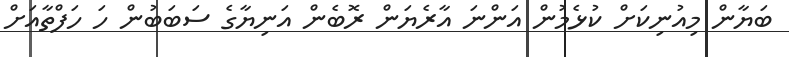
ބަޔާން މިއުނިކަށް ކުޅެމުން އަންނަ އާރެޔަން ރޮބެން އަނިޔާގެ ސަބަބުން ހަ ހަފްތާއަށް